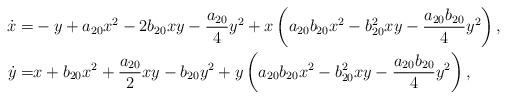
LaTeX: \begin{align*} \begin{aligned}\dot{x}= & - y + a_{20} x^2 - 2 b_{20} x y - \frac{a_{20}}{4} y^2 + x \left( a_{20} b_{20} x^2 - b_{20}^2 x y - \frac{ a_{20} b_{20}}{4} y^2 \right),\\\dot{y}= & x + b_{20} x^2 + \frac{a_{20}}{2} x y - b_{20} y^2+ y \left( a_{20} b_{20} x^2 - b_{20}^2 x y - \frac{a_{20} b_{20}}{4} y^2 \right),\end{aligned}\end{align*}